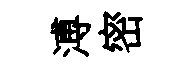
溥密